Civil Veterinary Department. Central Provinces & Berar 1925-31 - 1925-1931
Year: 1925
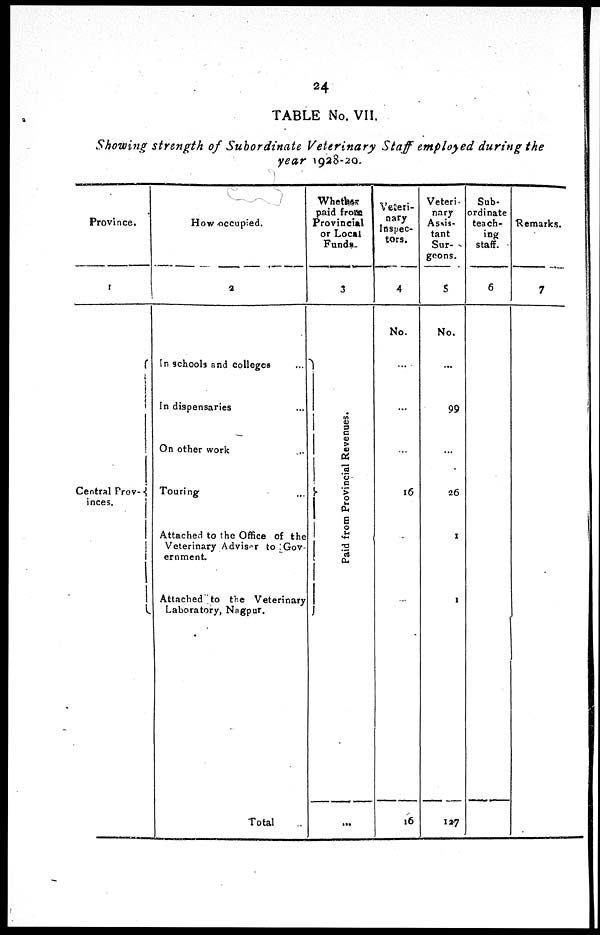
24
TABLE No. VII.
Showing strength of Subordinate Veterinary Staff employed during the
year 1928-20.
Province.
1
Central Prov-
inces.
How occupied.
2
In schools and colleges ...
In dispensaries ...
On other work ...
Touring ...
Attached to the Office of the
Veterinary Adviser to Gov-
ernment
Attached to the Veterinary
Laboratory, Nagpur.
Total ..
Whether
paid from
Provincial
or Local
Funds.
3
Paid f r om Pr ovi nci al Re ve nue s .
...
Veteri-
nary
Inspec-
tors.
4
No.
...
...
...
16
16
Veteri-
nary
Assis-
tant
Sur-
geons.
5
No.
...
99
...
26
1
1
127
Sub-
ordinate
teach-
ing
staff.
6
Remarks.
7